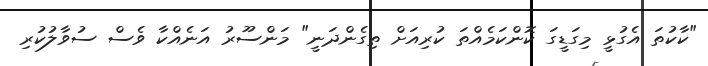
"ކާކުތަ އެގުޅީ މިގަޑީގަ ކޮންކަމެއްތަ ކުރިއަށް ތިގެންދަނީ" މަންސޫރު އަނެއްކާ ވެސް ސުވާލުކުރި